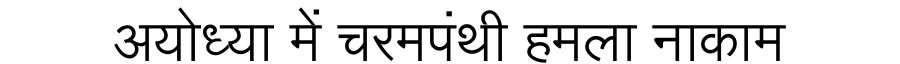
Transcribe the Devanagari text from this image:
अयोध्या में चरमपंथी हमला नाकाम